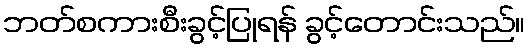
ဘတ်စကားစီးခွင့်ပြုရန် ခွင့်တောင်းသည်။